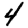
Digit: 4